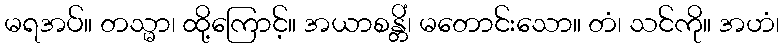
မရအပ်။ တသ္မာ၊ ထို့ကြောင့်။ အယာစန္တိံ၊ မတောင်းသော။ တံ၊ သင်ကို။ အဟံ၊